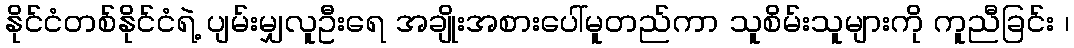
နိုင်ငံတစ်နိုင်ငံရဲ့ ပျမ်းမျှလူဦးရေ အချိုးအစားပေါ်မူတည်ကာ သူစိမ်းသူများကို ကူညီခြင်း ၊